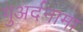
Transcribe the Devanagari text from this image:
गुअर्दनामा